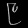
Digit: ၉